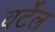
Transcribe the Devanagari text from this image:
वर्टेल